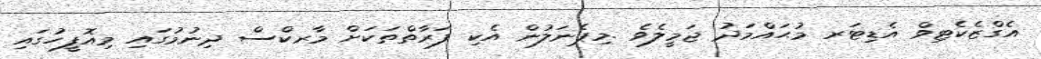
އެގްޒެކެޓިވް އެޑިޓަރ މުޙައްމަދު ޖަމީލެވެ .މިޕެނަލުން އެކި ފަރާތްތަކަށް މާރކްސް ދިނުމުގައި މިއޮފީހުގައި